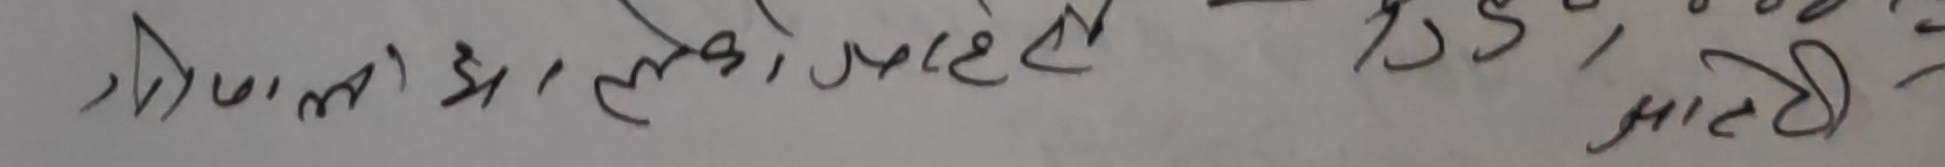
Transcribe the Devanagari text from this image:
रूपाले मागेको पहिलो डी ३५, माटो